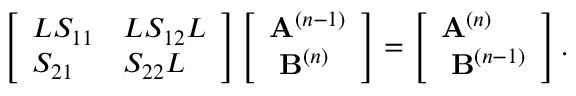
\left[ \begin{array} { l l } { L S _ { 1 1 } } & { L S _ { 1 2 } L } \\ { S _ { 2 1 } } & { S _ { 2 2 } L } \end{array} \right] \left[ \begin{array} { l } { \mathbf { A } ^ { ( n - 1 ) } } \\ { \ \mathbf { B } ^ { ( n ) } } \end{array} \right] = \left[ \begin{array} { l } { \mathbf { A } ^ { ( n ) } } \\ { \ \mathbf { B } ^ { ( n - 1 ) } } \end{array} \right] .